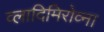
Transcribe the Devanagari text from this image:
व्लादिमिरोव्ना